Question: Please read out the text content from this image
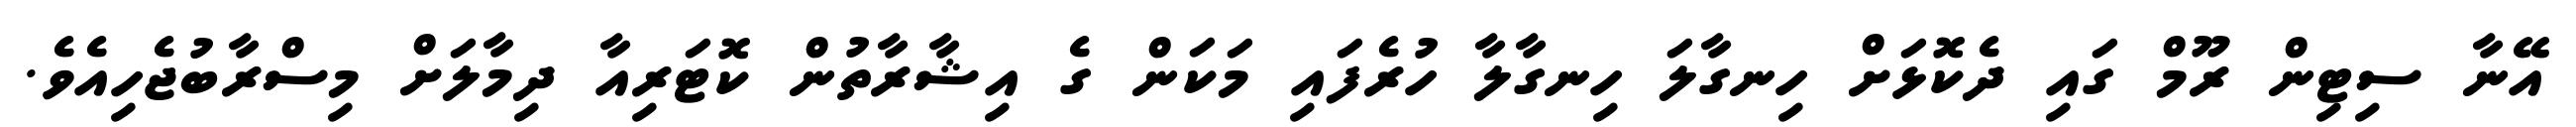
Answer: އޭނާ ސިޓިން ރޫމް ގައި ދެކޮޅަށް ހިނގާލަ ހިނގާލާ ހުރެފައި މަކަން ގެ އިޝާރާތުން ކޮޓަރިއާ ދިމާލަށް މިސްރާބުޖެހިއެވެ.